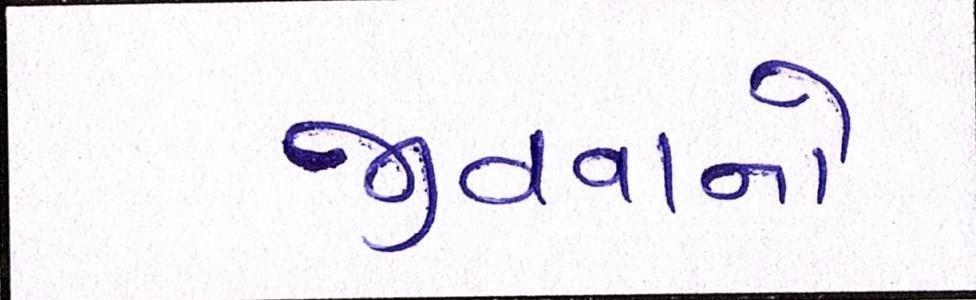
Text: જીવવાનો